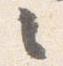
々